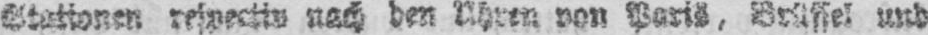
nach den Uhren von Paris, Brüssel und